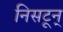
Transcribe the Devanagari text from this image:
निसटून्